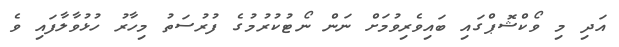
އަދި މި ވޯކްޝޮޕްގައި ބައިވެރިވުމަށް ނަން ނޯޓުކުރުމުގެ ފުރުސަތު މިހާރު ހުޅުވާލާފައި ވެ